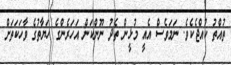
ތުއްތު ކުއްޖެކެވެ. ނަމަވެސް އެއީ މުޅީން ތެދު ނޫންކަން އަހަރެންގެ ހަޔާތުގެ ވާހަކަތަށް